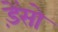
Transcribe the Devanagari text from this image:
ड़ेंसो